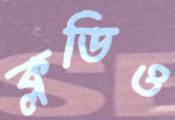
ক্লডিও